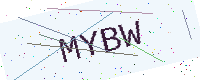
Text: MYBW